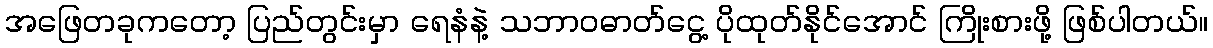
အဖြေတခုကတော့ ပြည်တွင်းမှာ ရေနံနဲ့ သဘာဝဓာတ်ငွေ့ ပိုထုတ်နိုင်အောင် ကြိုးစားဖို့ ဖြစ်ပါတယ်။